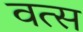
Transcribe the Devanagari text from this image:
वत्‍स